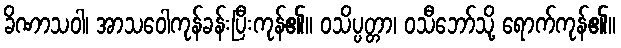
ခိဏာသဝါ၊ အာသဝေါကုန်ခန်းပြီးကုန်၏။ ဝသိပ္ပတ္တာ၊ ဝသီဘော်သို့ ရောက်ကုန်၏။